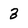
Character: 3